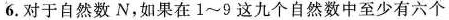
6.对于自然数N，如果在1\sim9这九个自然数中至少有六个